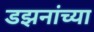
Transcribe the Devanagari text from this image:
डझनांच्या